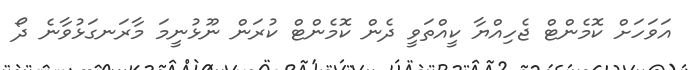
އަވަހަށް ކޮމެންޓް ޖެހިއްޔާ ކީއްތަވީ ދެން ކޮމެންޓް ކުރަން ނޫޅުނީމަ މާރަނގަޅުވާނެ ދޯ